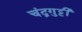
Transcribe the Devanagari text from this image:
चंद्रगुट्टी